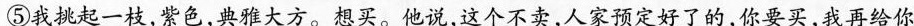
⑤\underline{我挑起一枝,紫色，典雅大方。想买。他说,，这个不卖,人家预定好了的,你要买,我再给你}